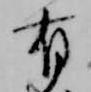
有